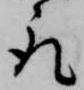
取